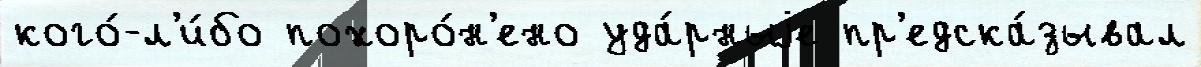
кого́-л'и́бо похоро́н'ено уда́рныjе пр'едска́зывал